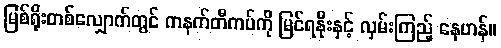
မြစ်ရိုးတစ်လျှောက်တွင် ကနက်တီကပ်ကို မြင်ရနိုးနှင့် လှမ်းကြည့် နေဟန်။